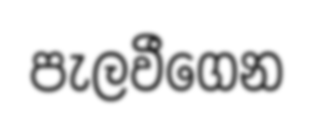
පැලවීගෙන